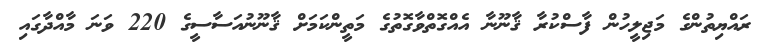
ރައްޔިތުންގެ މަޖިލީހުން ފާސްކުރާ ޤާނޫނާ އެއްގޮތްވާގޮތުގެ މަތީންކަމަށް ޤާނޫނުއަސާސީގެ 220 ވަނަ މާއްދާގައި